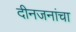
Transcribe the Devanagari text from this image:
दीनजनांचा